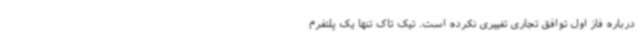
درباره فاز اول توافق تجاری تغییری نکرده است. تیک تاک تنها یک پلتفرم